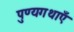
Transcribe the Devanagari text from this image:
पुण्यगथाएँ